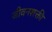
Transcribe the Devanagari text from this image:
जीवनशक्ती